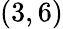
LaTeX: (3,6)